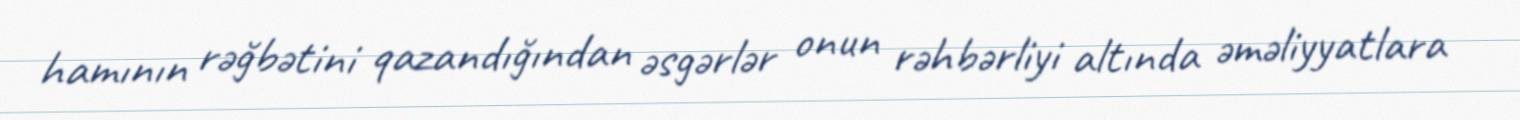
hamının rəğbətini qazandığından əsgərlər onun rəhbərliyi altında əməliyyatlara